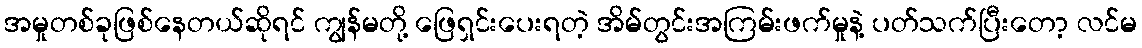
အမှုတစ်ခုဖြစ်နေတယ်ဆိုရင် ကျွန်မတို့ ဖြေရှင်းပေးရတဲ့ အိမ်တွင်းအကြမ်းဖက်မှုနဲ့ ပတ်သက်ပြီးတော့ လင်မ